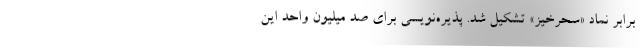
برابر نماد «سحرخیز» تشکیل شد. پذیره‌نویسی برای صد میلیون واحد این